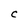
Character: C